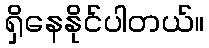
ရှိနေနိုင်ပါတယ်။